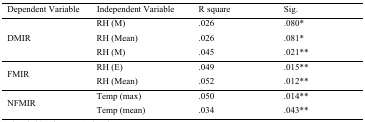
<table><thead><tr><td><b>Dependent Variable</b></td><td><b>Independent Variable</b></td><td><b>R square</b></td><td><b>Sig.</b></td></tr></thead><tbody><tr><td rowspan="3">DMIR</td><td>RH (M)</td><td>.026</td><td>.080*</td></tr><tr><td>RH (Mean)</td><td>.026</td><td>.081*</td></tr><tr><td>RH (M)</td><td>.045</td><td>.021**</td></tr><tr><td rowspan="2">FMIR</td><td>RH (E)</td><td>.049</td><td>.015**</td></tr><tr><td>RH (Mean)</td><td>.052</td><td>.012**</td></tr><tr><td rowspan="2">NFMIR</td><td>Temp (max)</td><td>.050</td><td>.014**</td></tr><tr><td>Temp (mean)</td><td>.034</td><td>.043**</td></tr></tbody></table>